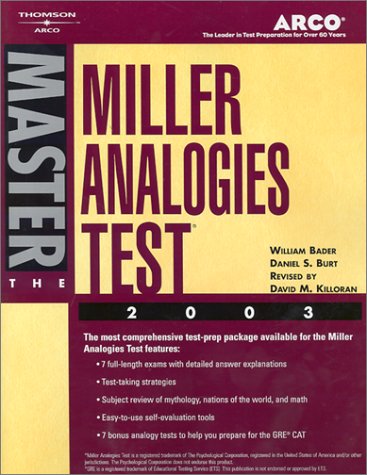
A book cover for Arco Master the Miller Analogies Test 2003; Arco; Test Preparation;